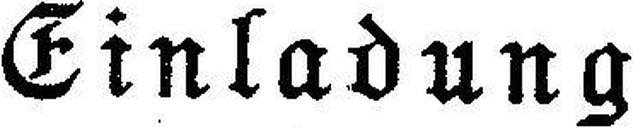
Einladung